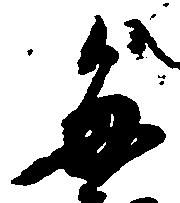
毎